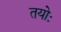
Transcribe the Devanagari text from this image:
तयोः